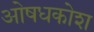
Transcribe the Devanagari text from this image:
ओषधकोश